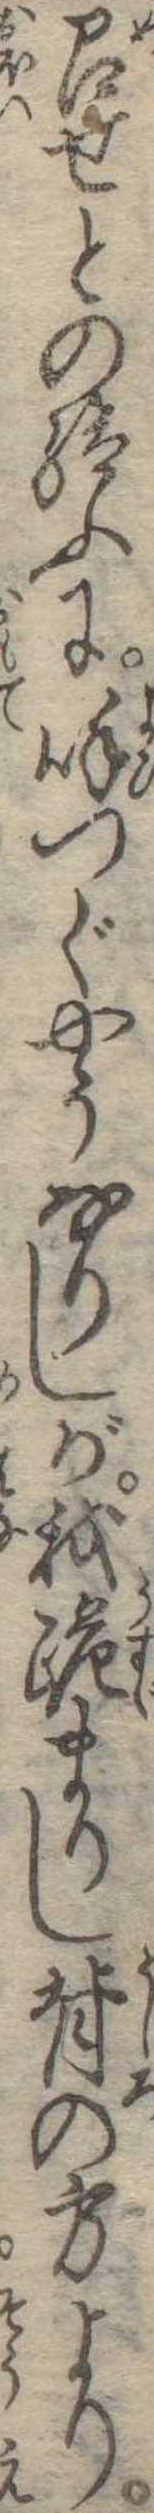
召せとの給ふに呼つぐやうなりしが我跪まりし背の方より